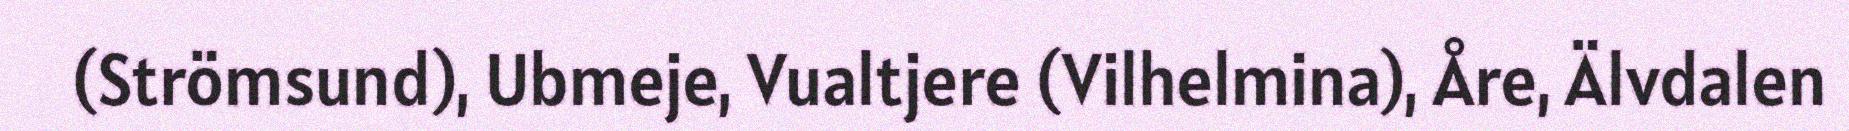
(Strömsund), Ubmeje, Vualtjere (Vilhelmina), Åre, Älvdalen